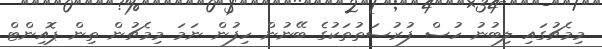
މިމެޗުގައި ލިބުނު ހުސް ފުރުސަތުތަކުގެ ބޭނުން ހިފުން ނަމަ މިމެޗުން ތިން ޕޮއިންޓް